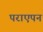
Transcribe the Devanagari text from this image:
पराएपन